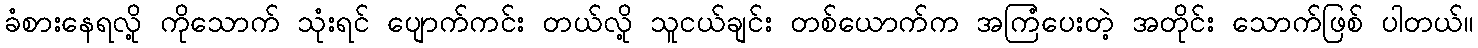
ခံစားနေရလို့ ကိုသောက် သုံးရင် ပျောက်ကင်း တယ်လို့ သူငယ်ချင်း တစ်ယောက်က အကြံပေးတဲ့ အတိုင်း သောက်ဖြစ် ပါတယ်။